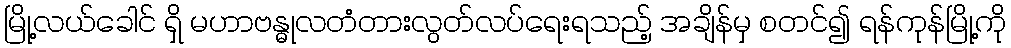
မြို့လယ်ခေါင် ရှိ မဟာဗန္ဓုလတံတားလွတ်လပ်ရေးရသည့် အချိန်မှ စတင်၍ ရန်ကုန်မြို့ကို